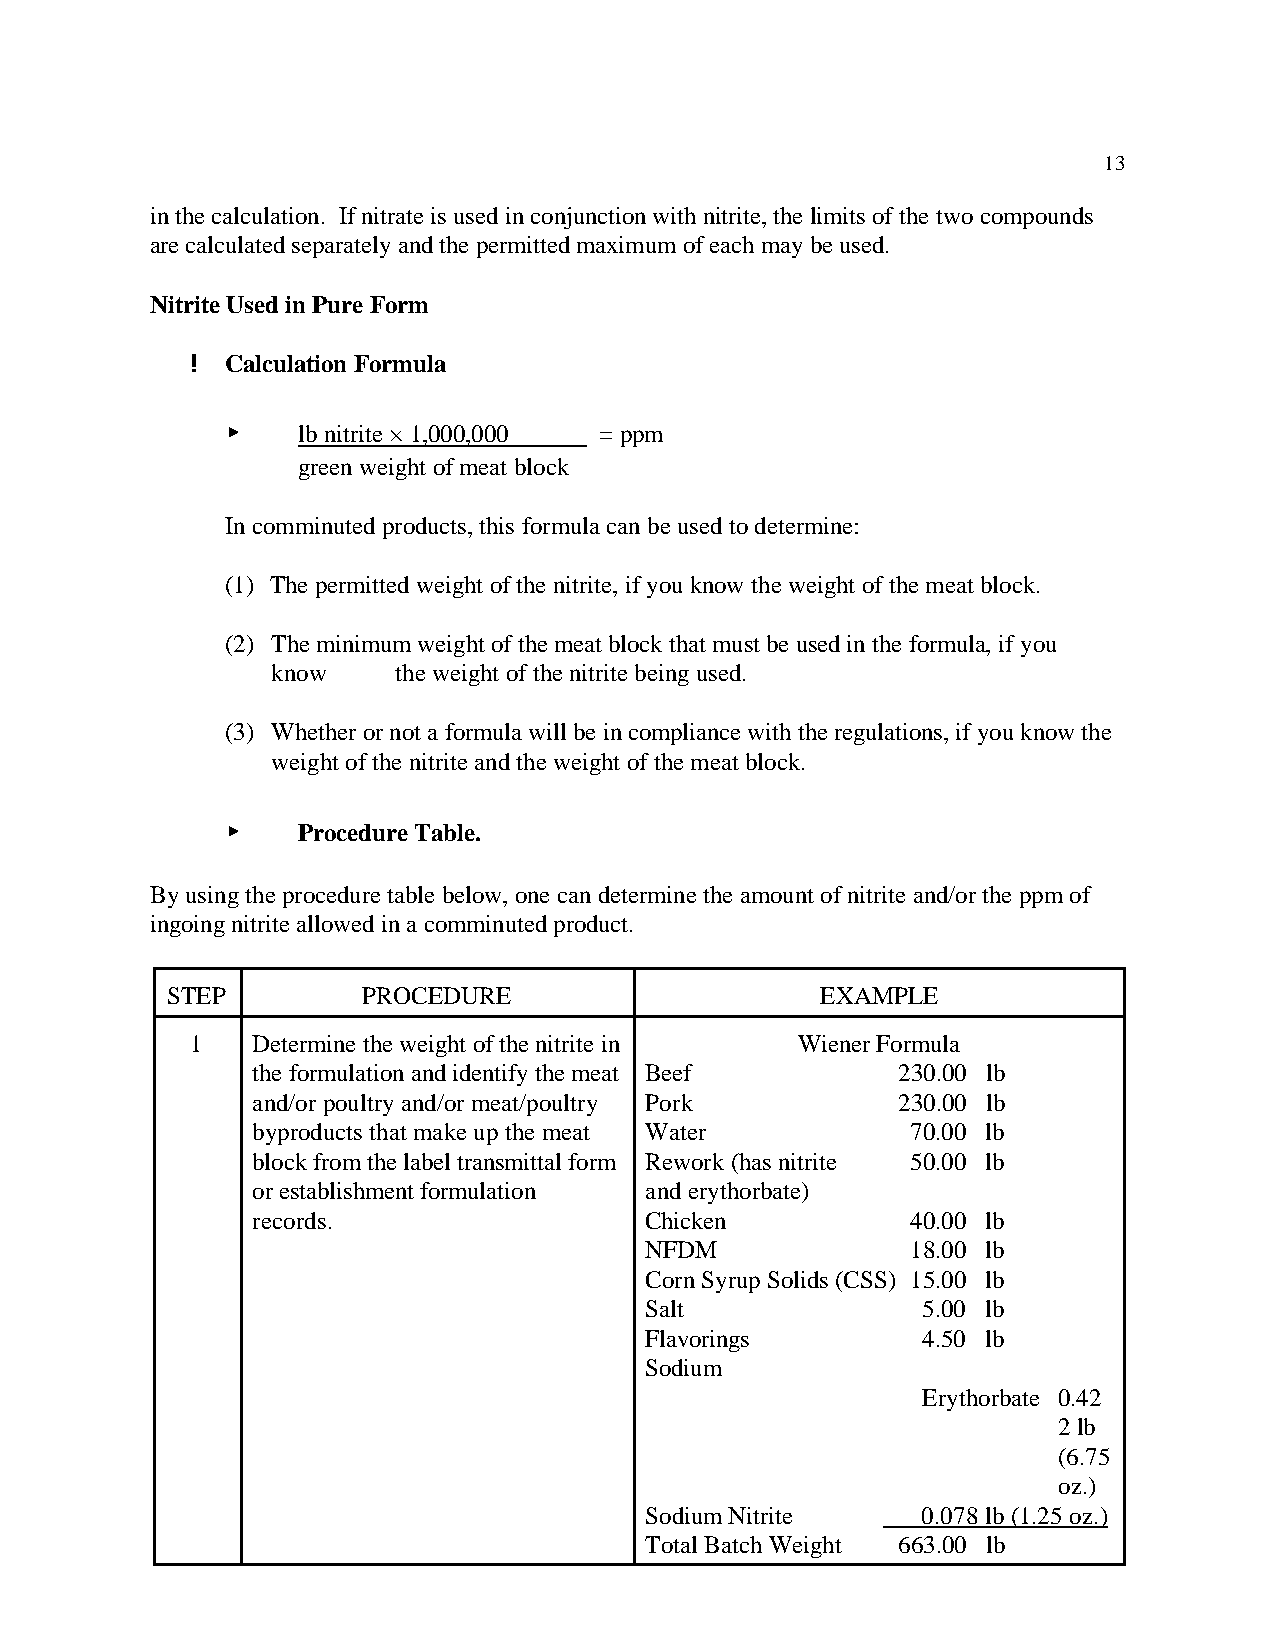
13
 in the calculation. If nitrate is used in conjunction with nitrite, the limits of the two compounds
 are calculated separately and the permitted maximum of each may be used.
 Nitrite Used in Pure Form
 ! Calculation Formula
 <    lb nitrite × 1,000,000 = ppm
 green weight of meat block
 In comminuted products, this formula can be used to determine:
 (1) The permitted weight of the nitrite, if you know the weight of the meat block.
 (2) The minimum weight of the meat block that must be used in the formula, if you
 know    the weight of the nitrite being used.
 (3) Whether or not a formula will be in compliance with the regulations, if you know the
 weight of the nitrite and the weight of the meat block.
 <    Procedure Table.
 By using the procedure table below, one can determine the amount of nitrite and/or the ppm of
 ingoing nitrite allowed in a comminuted product.
 STEP         PROCEDURE                     EXAMPLE
 1   Determine the weight of the nitrite in Wiener Formula
 the formulation and identify the meat Beef 230.00 lb
 and/or poultry and/or meat/poultry Pork   230.00 lb
 byproducts that make up the meat Water     70.00 lb
 block from the label transmittal form Rework (has nitrite 50.00 lb
 or establishment formulation and erythorbate)
 records.                  Chicken          40.00 lb
 NFDM             18.00 lb
 Corn Syrup Solids (CSS) 15.00 lb
 Salt              5.00 lb
 Flavorings        4.50 lb
 Sodium
 Erythorbate 0.42
 2 lb
 (6.75
 oz.)
 Sodium Nitrite    0.078 lb (1.25 oz.)
 Total Batch Weight 663.00 lb